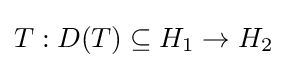
T:D(T)\subseteq H_{1}\to H_{2}